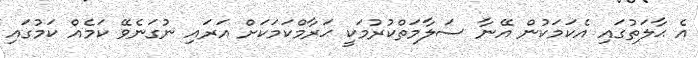
އެ ޙާލަތުގައި އެކަމަކުން އޭނާ ސަލާމަތްކުރުމަކީ ޙަރާމްކަމަކަށް އަރައި ނުގަނެވޭ ކަމެއް ކަމުގައި